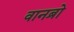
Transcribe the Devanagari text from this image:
वानब्रो